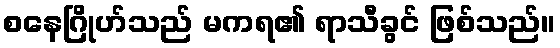
စနေဂြိုဟ်သည် မကရ၏ ရာသီခွင် ဖြစ်သည်။